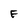
Character: F